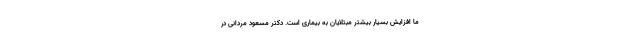
ما افزایش بسیار بیشتر مبتلایان به بیماری است. دکتر مسعود مردانی در